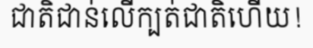
ជាតិជាន់លើក្បត់ជាតិហើយ!